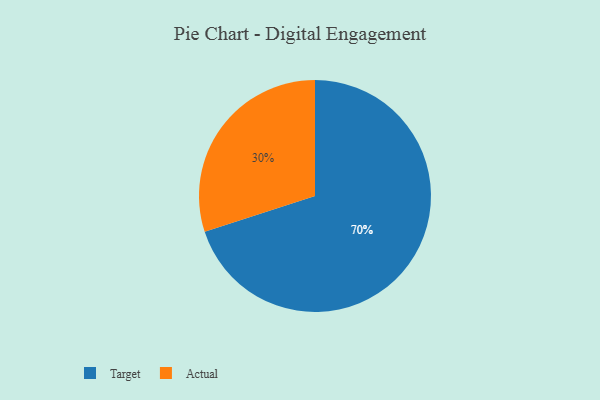
{"axis": {"x": "Category", "y": "Percentage"}, "legend": ["Actual", "Target"], "data": [{"x": "Actual", "y": 30, "type": "Actual"}, {"x": "Target", "y": 70, "type": "Target"}]}